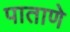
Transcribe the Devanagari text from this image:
पाताणे